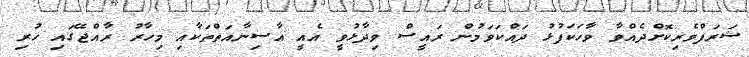
ޝަރަފްވެރިކޮށްދެއްވާ ވާހަކަފުޅު ދައްކަވަމުން ރައީސް ވިދާޅުވީ އެއީ އާސިނާއަތްތަކާއި މިހާރު ރާއްޖޭގައި ހުރި